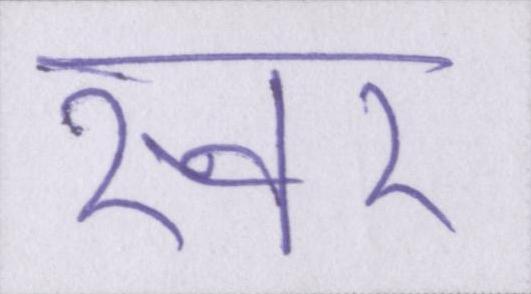
स्वर